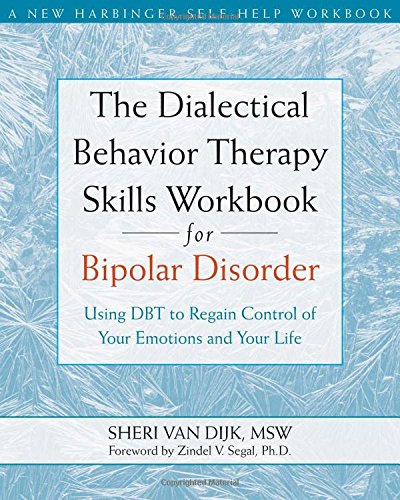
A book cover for The Dialectical Behavior Therapy Skills Workbook for Bipolar Disorder: Using DBT to Regain Control of Your Emotions and Your Life (New Harbinger Self-Help Workbook); Sheri Van Dijk MSW; Health, Fitness & Dieting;